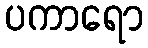
ပကာရော